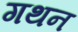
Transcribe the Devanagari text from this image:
गथन